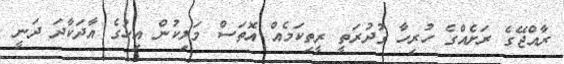
ރާއްޖޭގެ ރަށެއްގެ ހުރިހާ ގުދުރަތީ ރީތިކަމެއް އޮތަސް މަލިކުން އިހުގެ އާދަކާދަ ދަނީ